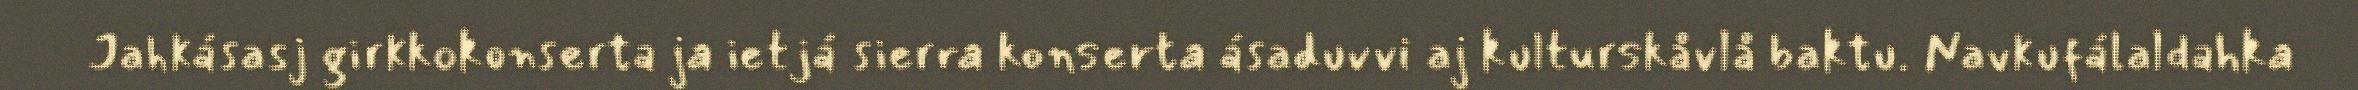
Jahkásasj girkkokonserta ja ietjá sierra konserta ásaduvvi aj kulturskåvlå baktu. Navkufálaldahka